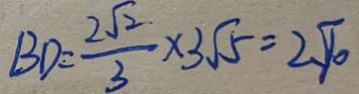
B D = \frac { 2 \sqrt { 2 } } { 3 } \times 3 \sqrt { 5 } = 2 \sqrt { 1 0 }